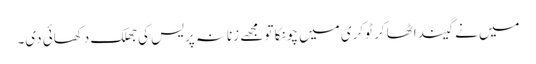
میں نے گیند اٹھا کر ٹوکری میں چونکا تو مجھے زنانہ پریس کی جھلک دکھائی دی۔